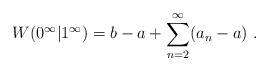
\begin{align*}W(0^\infty|1^\infty) = b-a + \sum_{n=2}^\infty (a_n - a) \ .\end{align*}